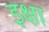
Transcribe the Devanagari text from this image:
इक्षा